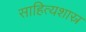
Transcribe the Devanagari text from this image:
साहित्यशास्र